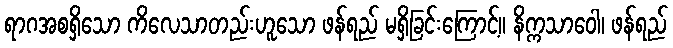
ရာဂအစရှိသော ကိလေသာတည်းဟူသော ဖန်ရည် မရှိခြင်းကြောင့်။ နိက္ကသာဝေါ၊ ဖန်ရည်